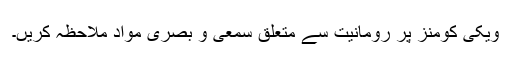
ویکی کومنز پر رومانیت سے متعلق سمعی و بصری مواد ملاحظہ کریں۔